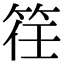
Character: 䇮